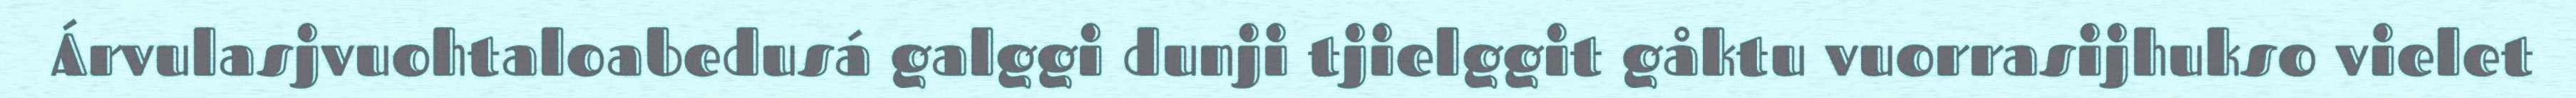
Árvulasjvuohtaloabedusá galggi dunji tjielggit gåktu vuorrasijhukso vielet